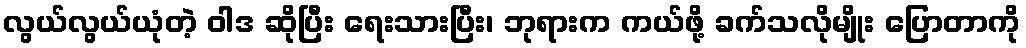
လွယ်လွယ်ယုံတဲ့ ဝါဒ ဆိုပြီး ရေးသားပြီး၊ ဘုရားက ကယ်ဖို့ ခက်သလိုမျိုး ပြောတာကို